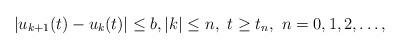
LaTeX: \begin{align*}|u_{k+1}(t)-u_{k}(t)|\le b,|k|\le n,\ t\ge t_n,\ n=0,1,2,\dots,\end{align*}